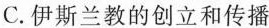
C.伊斯兰教的创立和传播